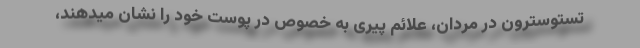
تستوسترون در مردان، علائم پیری به خصوص در پوست خود را نشان میدهند،